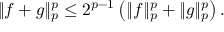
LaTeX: \| f + g \| _ { p } ^ { p } \leq 2 ^ { p - 1 } \left( \| f \| _ { p } ^ { p } + \| g \| _ { p } ^ { p } \right) .